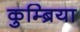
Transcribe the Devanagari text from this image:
कुम्ब्रिया